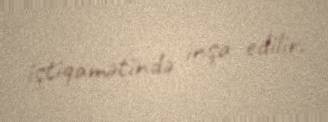
istiqamətində inşa edilir.